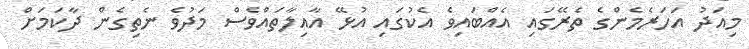
މިއަދު އަހަރެމެންގެ ތެރޭގައި އެއްބައިވެ އެކުގައި އުޅޭ އާއިލާތައްވެސް މަދުވެ ނެތިގެން ދާކަމަށް